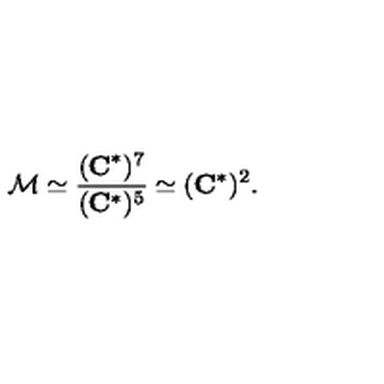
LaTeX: { \cal M } \simeq \frac { ( { \bf C } ^ { * } ) ^ { 7 } } { ( { \bf C } ^ { * } ) ^ { 5 } } \simeq { ( { \bf C } ^ { * } ) ^ { 2 } } .